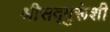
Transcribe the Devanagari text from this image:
श्रीसद्गुरूंशी